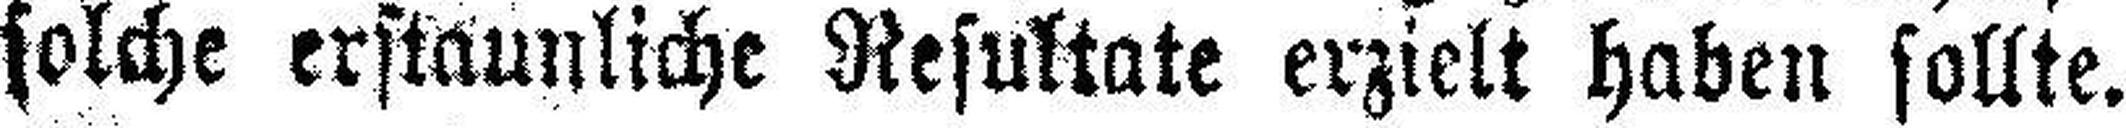
solche erstaunliche Resultate erzielt haben sollte.